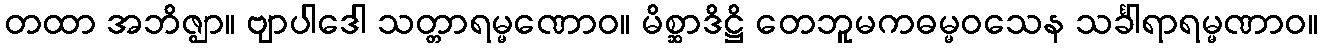
တထာ အဘိဇ္ဈာ။ ဗျာပါဒေါ သတ္တာရမ္မဏောဝ။ မိစ္ဆာဒိဋ္ဌိ တေဘူမကဓမ္မဝသေန သင်္ခါရာရမ္မဏာဝ။